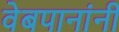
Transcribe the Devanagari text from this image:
वेबपानांनी